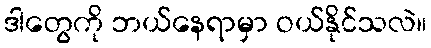
ဒါတွေကို ဘယ်နေရာမှာ ဝယ်နိုင်သလဲ။